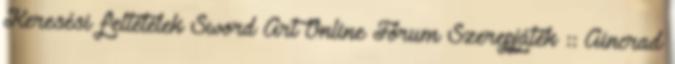
Keresési feltételek Sword Art Online Fórum Szerepjáték :: Aincrad